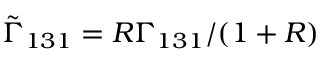
\tilde { \Gamma } _ { 1 3 1 } = R \Gamma _ { 1 3 1 } / ( 1 + R )